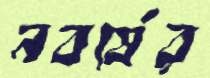
নবর্ষের